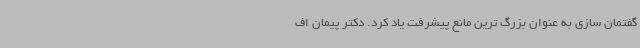
گفتمان سازی به عنوان بزرگ ترین مانع پیشرفت یاد کرد. دکتر پیمان اف